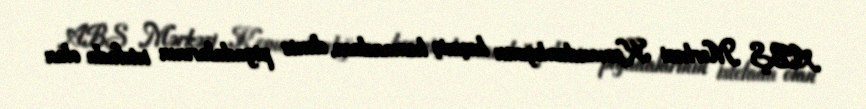
ABŞ Mərkəzi Komandanlığının keçmiş komandanı, dəniz piyadalarının istefada olan